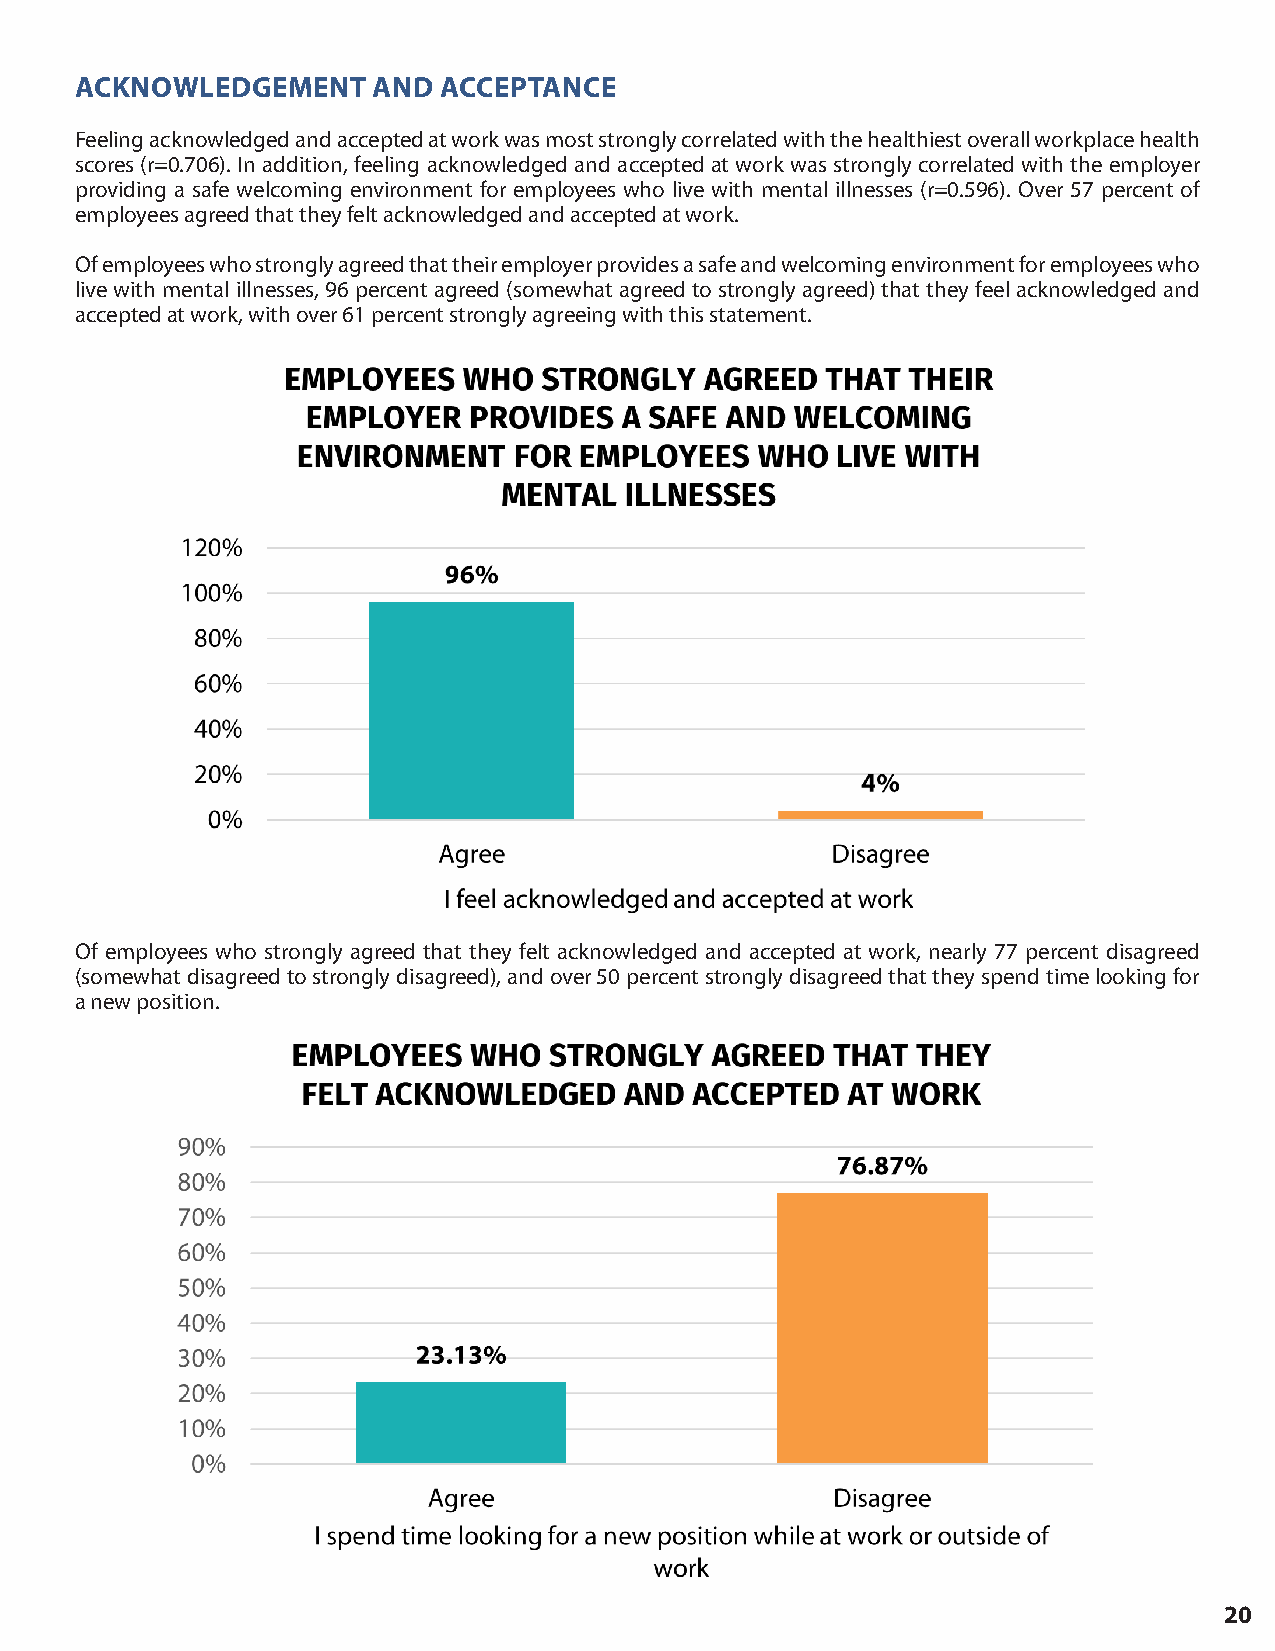
ACKNOWLEDGEMENT     AND ACCEPTANCE
 Feeling acknowledged and accepted at work was most strongly correlated with the healthiest overall workplace health
 scores (r=0.706). In addition, feeling acknowledged and accepted at work was strongly correlated with the employer
 providing a safe welcoming environment for employees who live with mental illnesses (r=0.596). Over 57 percent of
 employees agreed that they felt acknowledged and accepted at work.
 Of employees who strongly agreed that their employer provides a safe and welcoming environment for employees who
 live with mental illnesses, 96 percent agreed (somewhat agreed to strongly agreed) that they feel acknowledged and
 accepted at work, with over 61 percent strongly agreeing with this statement.
 Of employees who strongly agreed that they felt acknowledged and accepted at work, nearly 77 percent disagreed
 (somewhat disagreed to strongly disagreed), and over 50 percent strongly disagreed that they spend time looking for
 a new position.
 20